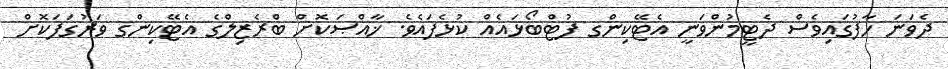
ދެވަނަ ހާފުގައިވެސް ދެޓީމުންވަނީ އެޓޭކިންގ ފުޓްބޯޅައެއް ކުޅެފައެވެ. ޚާއްޞަކޮށް ބްރެޒިލްގެ އެޓޭކިންގ ވަރުގަފަކޮށް